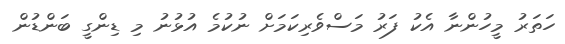
ހަތަރު މީހުންނާ އެކު ފަރު މަސްވެރިކަމަށް ނުކުމެ އުޅުނު މި ޑިންގީ ބަންޑުން